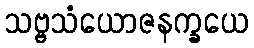
သဗ္ဗသံယောဇနက္ခယေ